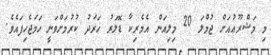
މި މަޝްރޫޢުއަށް ޖުމްލަ 20 މިލިއަން އެމެރިކާ ޑޮލަރު ޚަރަދު ކުރުމަށްވަނީ ހަމަޖެހިފައެވެ.